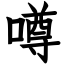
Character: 噂